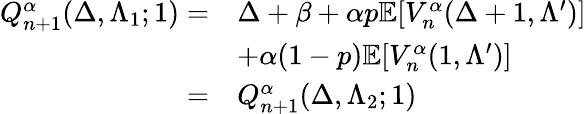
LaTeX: \begin{array}{rl}{Q_{n+1}^{\alpha}(\Delta,\Lambda_{1};1)=}&{\Delta+\beta+\alpha p\mathbb{E}[V_{n}^{\alpha}(\Delta+1,\Lambda^{\prime})]}\\ &{+\alpha(1-p)\mathbb{E}[V_{n}^{\alpha}(1,\Lambda^{\prime})]}\\ {=}&{Q_{n+1}^{\alpha}(\Delta,\Lambda_{2};1)}\end{array}